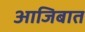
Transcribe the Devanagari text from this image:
आजिबात